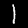
Digit: 1